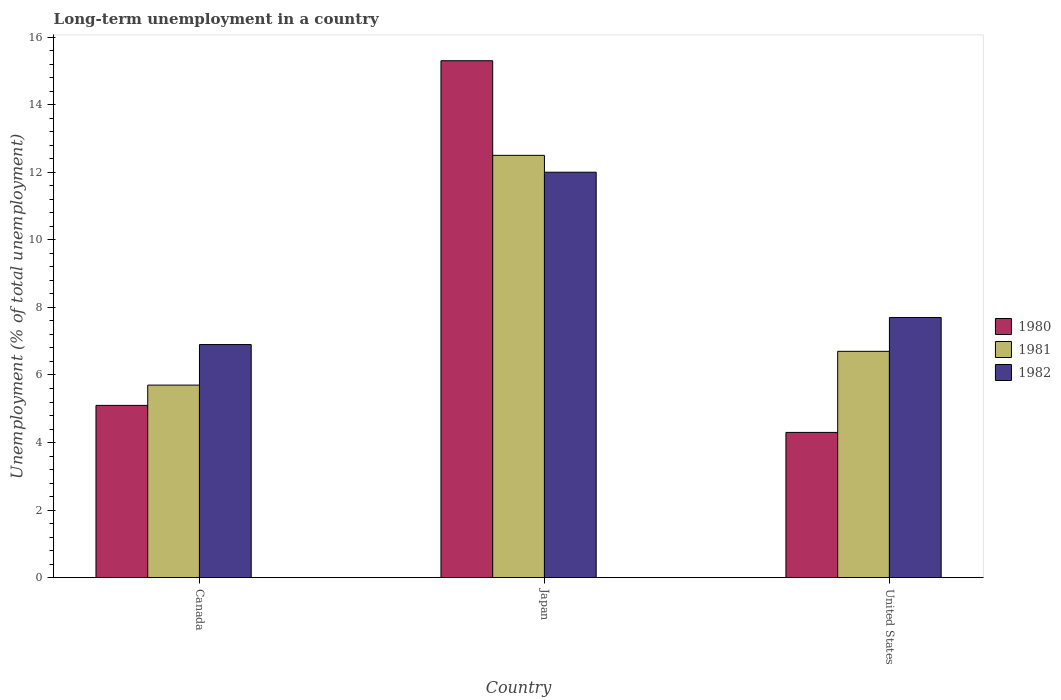
| Country | 1980 | 1981 | 1982 |
 | --- | --- | --- | --- |
 | Canada | 5.1 | 5.7 | 6.9 |
 | Japan | 15.3 | 12.5 | 12 |
 | United States | 4.3 | 6.7 | 7.7 |